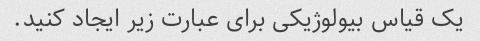
یک قیاس بیولوژیکی برای عبارت زیر ایجاد کنید.